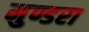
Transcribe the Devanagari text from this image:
मुण्डरा